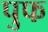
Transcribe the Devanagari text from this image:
पुफ